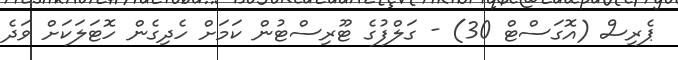
ޕެރިސް (އޮގަސްޓް 30) - ގަލްފުގެ ޓޫރިސްޓުން ކަމަށް ހެދިގެން ހޮޓަލަކަށް ވަދެ